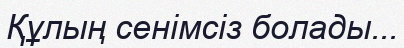
Құлың сенімсіз болады...